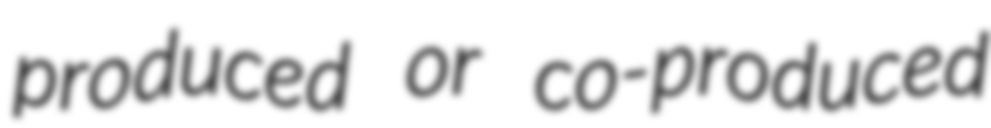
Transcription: produced or co-produced